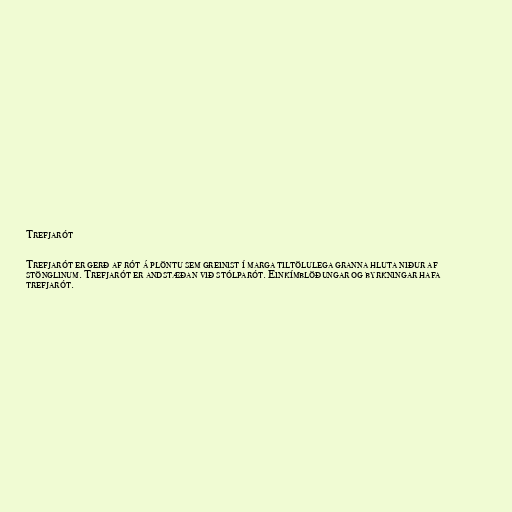
Trefjarót

Trefjarót er gerð af rót á plöntu sem greinist í marga tiltölulega granna hluta niður af
stönglinum. Trefjarót er andstæðan við stólparót. Einkímblöðungar og byrkningar hafa
trefjarót.